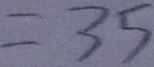
= 3 5